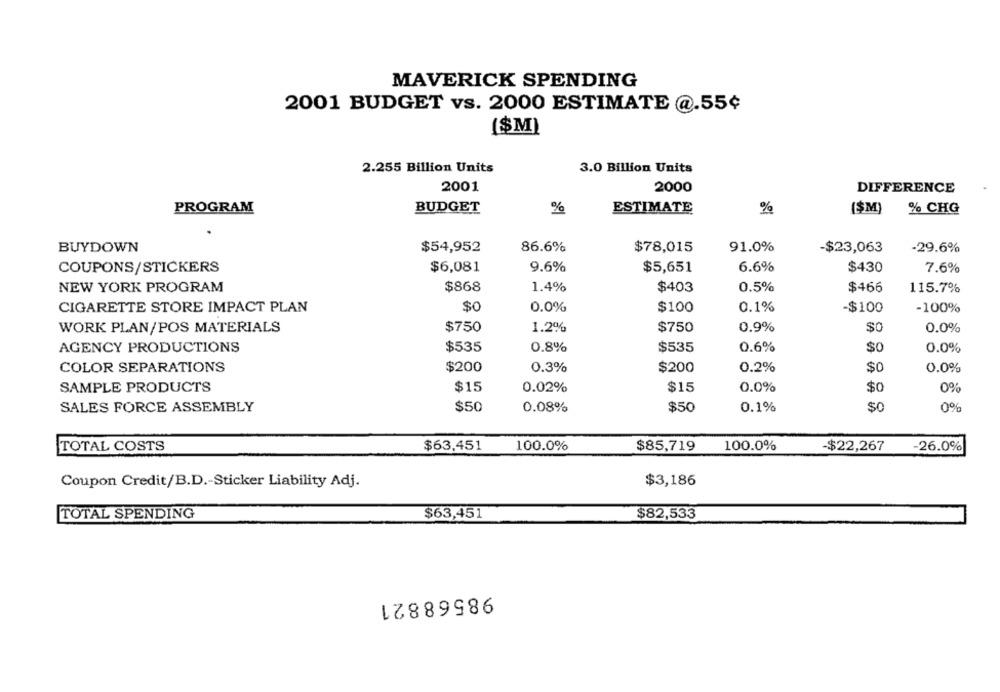
MAVERICK SPENDING
2001 BUDGET vs. 2000 ESTIMATE @.55¢
($M)
2.255 Billion Units
3.0 Billion Units
2001
2000
DIFFERENCE
PROGRAM
BUDGET
%
ESTIMATE
%
($M)
% CHG
BUYDOWN
$54,952
86.6%
$78,015
91.0%
-$23,063
-29.6%
COUPONS/STICKERS
$6,081
9.6%
$5,651
6.6%
$430
7.6%
NEW YORK PROGRAM
$868
1.4%
$403
0.5%
$466
115.7%
CIGARETTE STORE IMPACT PLAN
$C
0.0%
$100
0.1%
-$100
-100%
WORK PLAN/POS MATERIALS
$750
1.2%
$750
0.9%
$0
0.0%
AGENCY PRODUCTIONS
$535
0.8%
$535
0.6%
$0
0.0%
COLOR SEPARATIONS
$200
0.3%
$200
0.2%
$0
0.0%
SAMPLE PRODUCTS
$15
$15
$0
0.02%
0.0%
0%
$50
$50
$0
SALES FORCE ASSEMBLY
0.08%
0.1%
0%
TOTAL COSTS
$63,451
100.0%
$85,719
100.0%
$22,267
-26.0%
Coupon Credit/B.D .- Sticker Liability Adj.
$3,186
TOTAL SPENDING
$63,451
$82,533
98568821